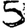
Digit: 5